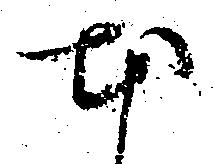
本